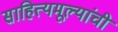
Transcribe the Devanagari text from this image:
साहित्यमूल्यांची